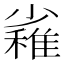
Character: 𱚪